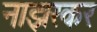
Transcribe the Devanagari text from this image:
नाझरकर